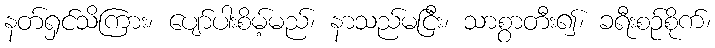
နတ်ရှင်သိကြား၊ ပျော်ပါးစိမ့်မည်၊ နာသည်မငြီး၊ သာစွာတီး၍၊ ခရီးစဉ်စိုက်၊